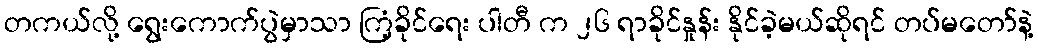
တကယ်လို့ ရွေးကောက်ပွဲမှာသာ ကြံ့ခိုင်ရေး ပါတီ က ၂၆ ရာခိုင်နှုန်း နိုင်ခဲ့မယ်ဆိုရင် တပ်မတော်နဲ့